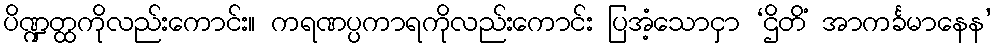
ပိဏ္ဍတ္ထကိုလည်းကောင်း။ ကရဏပ္ပကာရကိုလည်းကောင်း ပြအံ့သောငှာ ‘ဌိတိံ အာကင်္ခမာနေန’